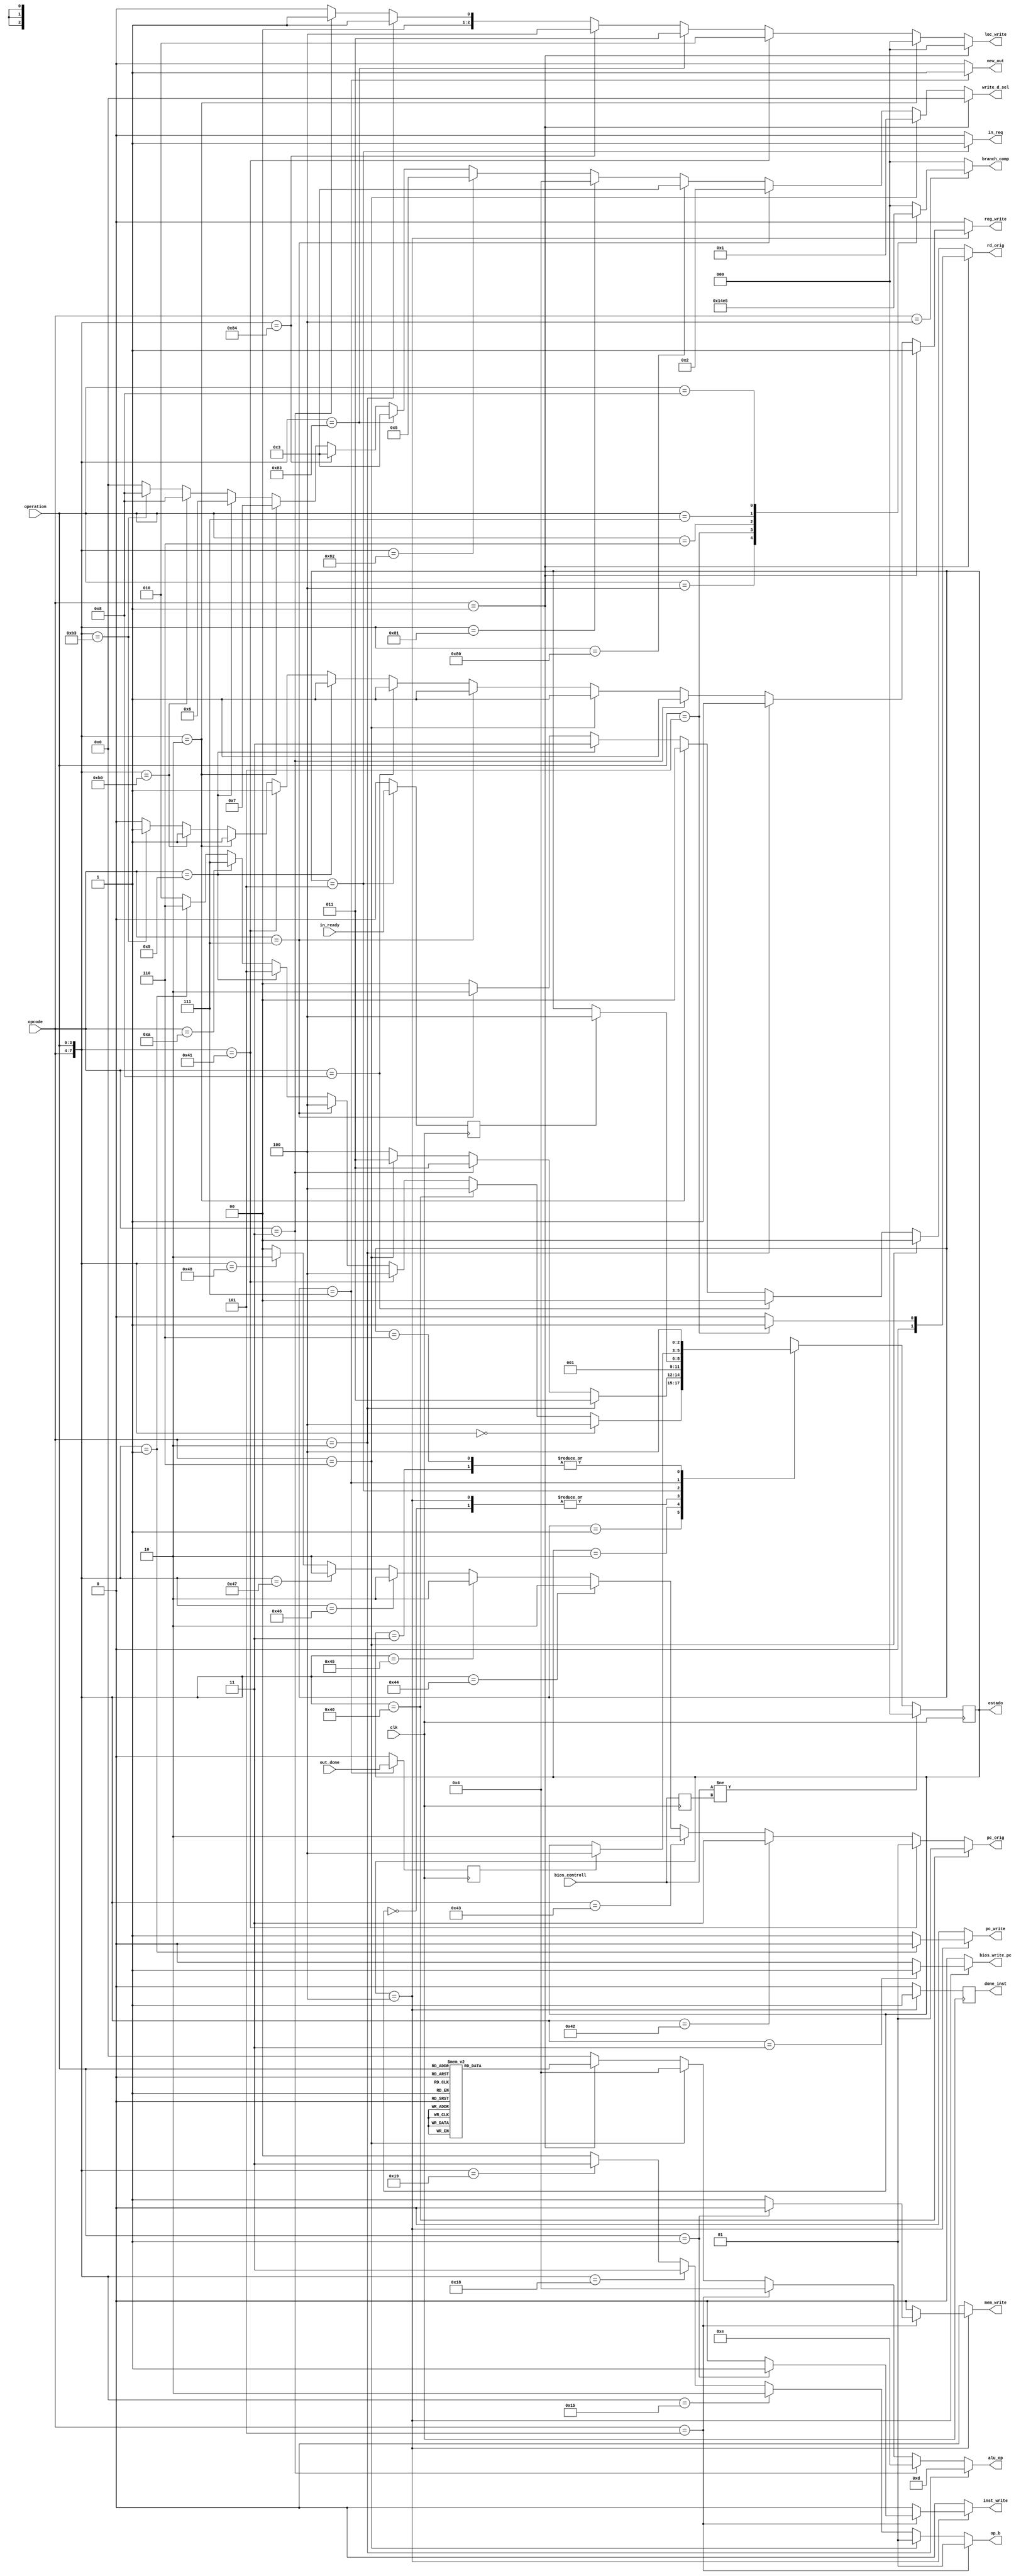
module unit_control(
input bios_controll,
output reg reg_write,
output reg mem_write,
output reg in_req,
output reg new_out,
output reg pc_write,
input in_ready,
input out_done,
output reg[1:0] pc_orig,
output reg[1:0] rd_orig,
output reg[2:0] loc_write,
output reg[1:0] op_b,
output reg[2:0] branch_comp,
output reg[3:0] write_d_sel,
output reg[3:0] alu_op,
input[0:3] opcode,
input[0:3] operation,
//input wake_up,
input clk,
output reg inst_write,
output reg done_inst,
output reg bios_write_pc,
output reg[2:0] estado);

parameter Inv=3'd0, A=3'd1, B=3'd2, C=3'd3, D=3'd4, Input=3'd5, Halt=3'd6, Output=3'd7;
wire[7:0] opcode_operation;

//reg[2:0] estado=Inv;

reg reg_in_ready;
reg reg_out_done;

reg previous_bios_controll;
//reg reg_wake_up;

always @(negedge clk)//Troca de estado
begin
	case(estado)
		Inv:
		begin
			estado = A;
		end
		A:
		begin
			if(opcode_operation==8'd0)//NOOP
				estado = D;
			else if(opcode_operation==8'b01000000)//B
				estado = D;
			else if(opcode_operation==8'b01000001)//BL
				estado = D;
			else if(opcode==4'b0111)//LI
				estado = D;
			else if(opcode==4'b1001)//IN
				estado = Input;
			else if(opcode==4'b1010)//OUT
				estado = Output;
			else if(opcode_operation==8'b00000001)//HALT
				estado = Halt;
			else
				estado = B;
		end
		B:
		begin
			if(opcode==4'b0010)//MULT
				estado = C;
			else if(opcode==4'b0011)//DIV
				estado = C;
			else if(opcode==4'b0110)//LOAD
				estado = C;
			else
				estado = D;
		end
		C:
		begin
			estado = D;
		end
		D:
		begin
			estado = A;
		end
		Input:
		begin
			if(reg_in_ready==1)
				estado = D;
		end
		Output:
		begin
			if(reg_out_done==1)
				estado = D;
		end
		Halt:
		begin
			//if(reg_wake_up==1)
				//estado = D;
			estado = D;
		end
		default:	
		begin
			estado = Inv;
		end
	endcase
	if(bios_controll!=previous_bios_controll)
	begin
		estado = Inv;
	end
	previous_bios_controll = bios_controll;
end

always @(posedge clk)
begin
	if(estado==Input)
		reg_in_ready = in_ready;
	else
		reg_in_ready = 0;
	if(estado==Output)
		reg_out_done = out_done;
	else
		reg_out_done = 0;
	//if(estado==Halt)
		//reg_wake_up = wake_up;
	//else
		//reg_wake_up = 0;
	if(estado==D)
		done_inst = 1;
	else
		done_inst = 0;
end

always @(estado, opcode, operation, opcode_operation)
begin
	reg_write = 0;
	mem_write = 0;
	in_req = 0;
	new_out = 0;
	pc_write = 0;
	inst_write = 0;
	
	bios_write_pc = 0;

	case(estado)
		A:
		begin
			reg_write = 0;
			mem_write = 0;
			in_req = 0;
			new_out = 0;
			pc_write = 0;
		end
		B:
		begin
			reg_write = 0;
			mem_write = 0;
			in_req = 0;
			new_out = 0;
			pc_write = 0;
		end
		C:
		begin
			reg_write = 0;
			mem_write = 0;
			in_req = 0;
			new_out = 0;
			pc_write = 0;
		end
		D:
		begin
			in_req = 0;
			if(opcode_operation==8'b00000001)//HALT
				pc_write = 0;
			else
				pc_write = 1;
			
			if(opcode==4'b0001)//Operacoes da ULA com excessao de MULT e DIV
				reg_write = 1;
			else if(opcode==4'b0010)//MULT
				reg_write = 1;
			else if(opcode==4'b0011)//DIV
				reg_write = 1;
			else if(opcode==4'b0110)//LOAD
				reg_write = 1;
			else if(opcode==4'b0111)//LI
				reg_write = 1;
			else if(opcode==4'b1000)//MOV, MFHI, MFLO, SETHI, SETLO
				reg_write = 1;
			else if(opcode==4'b1001)//IN
				reg_write = 1;
			else if(opcode_operation==8'b01000001)//BL
				reg_write = 1;
			else if(opcode_operation==8'b00000010)//GETPC
				reg_write = 1;
			else if(opcode_operation==8'b10110000)//GETTIME
				reg_write = 1;
			else if(opcode_operation==8'b10110011)//GETQUANTUM
				reg_write = 1;
			else
				reg_write = 0;
			
			if(opcode==4'b0101)//STORE, STOREINST
			begin
				if(operation==4'b0001)//STOREINST
					inst_write = 1;
				else//STORE
					mem_write = 1;
			end
			
			if(opcode_operation==8'b00000011)//SETPC
				bios_write_pc = 1;
			
			/*if(opcode==4'b0101)//STORE
				mem_write = 1;
			else
				mem_write = 0;
				
			if(opcode_operation==8'b10110110)//STOREINST
				inst_write = 1;
			else
				inst_write = 0;*/
			
			/*if(opcode==4'b1010)//OUT
				new_out = 1;
			else
				new_out = 0;*/
		end
		Output:
		begin
			new_out = 1;
		end
		Input:
		begin
			reg_write = 0;
			mem_write = 0;
			in_req = 1;
			new_out = 0;
			pc_write = 0;
		end
		default:
		begin
			reg_write = 0;
			mem_write = 0;
			in_req = 0;
			new_out = 0;
			pc_write = 0;
		end
	endcase
end

always @(opcode, operation, opcode_operation)
begin
	pc_orig = 2'b00;
	rd_orig = 2'b00;
	loc_write = 3'b000;
	op_b = 2'b00;
	branch_comp = 3'b000;
	write_d_sel = 4'b0000;
	alu_op = 4'b0000;
	
	if(opcode_operation==8'b01000000)//B
		pc_orig = 2'b01;
	else if(opcode_operation==8'b01000001)//BL
		pc_orig = 2'b01;
	else if(opcode_operation==8'b01000010)//BR
		pc_orig = 2'b11;
	else if(opcode_operation==8'b01000011)//BEQ
		pc_orig = 2'b10;
	else if(opcode_operation==8'b01000100)//BNE
		pc_orig = 2'b10;
	else if(opcode_operation==8'b01000101)//BLT
		pc_orig = 2'b10;
	else if(opcode_operation==8'b01000110)//BLE
		pc_orig = 2'b10;
	else if(opcode_operation==8'b01000111)//BMT
		pc_orig = 2'b10;
	else if(opcode_operation==8'b01001000)//BME
		pc_orig = 2'b10;
	else//Sequencial
		pc_orig = 2'b00;
		
	if(opcode==4'b0001)//Todas operacoes da ULA
	begin
		if(operation==4'b0101)//ADDI
			rd_orig = 2'b01;
		else
			rd_orig = 2'b00;
	end
	else if(opcode==4'b0110)//LOAD
		rd_orig = 2'b00;
	else if(opcode==4'b1000)//MOV, MFHI, MFLO
		rd_orig = 2'b00;
	else if(opcode_operation==8'b00000010)//GETPC
		rd_orig = 2'b00;
	else if(opcode==4'b1001)//IN
		rd_orig = 2'b11;
	else if(opcode==4'b0111)//LI
		rd_orig = 2'b10;
	else
		rd_orig = 2'b00;
	
	if(opcode==4'b0001)//Todas operacoes da ULA
		loc_write = 3'b000;
	else if(opcode_operation==8'b00000010)//GETPC
		loc_write = 3'b000;
	else if(opcode_operation==8'b01000001)//BL
		loc_write = 3'b010;
	else if(opcode_operation==8'b10000011)//SETHI
		loc_write = 3'b011;
	else if(opcode_operation==8'b10000100)//SETLO
		loc_write = 3'b100;
	else if(opcode==4'b0010)//MULT
		loc_write = 3'b001;
	else if(opcode==4'b0011)//DIV
		loc_write = 3'b001;
	else
		loc_write = 3'b000;
	
	if(opcode==4'b0101)//STORE
		op_b = 2'b01;
	else if(opcode==4'b0110)//LOAD
		op_b = 2'b01;
	else if(opcode_operation==8'b00010101)//ADDI
		op_b = 2'b10;
	else if(opcode_operation==8'b00011000)//SL
		op_b = 2'b11;
	else if(opcode_operation==8'b00011001)//SR
		op_b = 2'b11;
	else
		op_b = 2'b00;
	
	if(opcode==4'b0100)//Todos os saltos
	begin
		case(operation)
			4'b0011://BEQ
				branch_comp = 3'b000;
			4'b0100://BNE
				branch_comp = 3'b001;
			4'b0101://BLT
				branch_comp = 3'b010;
			4'b0110://BLE
				branch_comp = 3'b011;
			4'b0111://BMT
				branch_comp = 3'b100;
			4'b1000://BME
				branch_comp = 3'b101;
			default: branch_comp = 3'b000;
		endcase
	end
	
	if(opcode==4'b0001)//Todas operacoes da ula
		write_d_sel = 4'b0000;
	else if(opcode==4'b0110)//LOAD
		write_d_sel = 4'b0001;
	else if(opcode==4'b0111)//LI
		write_d_sel = 4'b0010;
	else if(opcode_operation==8'b10000000)//MOV
		write_d_sel = 4'b0011;
	else if(opcode_operation==8'b10000001)//MFHI
		write_d_sel = 4'b0100;
	else if(opcode_operation==8'b10000010)//MFLO
		write_d_sel = 4'b0101;
	else if(opcode_operation==8'b10000011)//SETHI
		write_d_sel = 4'b0011;
	else if(opcode_operation==8'b10000100)//SETLO
		write_d_sel = 4'b0011;
	else if(opcode_operation==8'b00000010)//GETPC
		write_d_sel = 4'b0111;
	else if(opcode==4'b1001)//IN
		write_d_sel = 4'b0110;
	else if(opcode_operation==8'b10110000)//GETTIME
		write_d_sel = 4'b1000;
	else if(opcode_operation==8'b10110011)//GETQUANTUM
		write_d_sel = 4'b1000;
	
	if(opcode==4'b0001)//Todas as operacoes da ULA
	begin
		case(operation)
			4'b0000:	alu_op = 4'b0000;
			4'b0001:	alu_op = 4'b0001;
			4'b0010:	alu_op = 4'b0010;
			4'b0011:	alu_op = 4'b0011;
			4'b0100:	alu_op = 4'b0100;
			4'b0101:	alu_op = 4'b0100;
			4'b0110:	alu_op = 4'b0101;
			4'b0111:	alu_op = 4'b0110;
			4'b1000:	alu_op = 4'b0111;
			4'b1001:	alu_op = 4'b1000;
			4'b1010:	alu_op = 4'b1001;
			4'b1011:	alu_op = 4'b1010;
			4'b1100:	alu_op = 4'b1011;
			4'b1101:	alu_op = 4'b1100;
			default:	alu_op = 4'b0000;
		endcase
	end
	
	if(opcode==4'b0010)//MULT
		alu_op = 4'b1101;
	else if(opcode==4'b0011)//DIV
		alu_op = 4'b1110;
	else if(opcode==4'b0101)//STORE
		alu_op = 4'b0100;
	else if(opcode==4'b0110)//LOAD
		alu_op = 4'b0100;
end

	assign opcode_operation = {opcode,operation};

endmodule